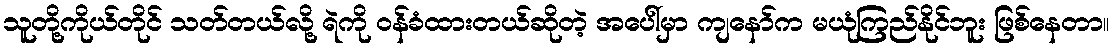
သူတို့ကိုယ်တိုင် သတ်တယ်လို့ ရဲကို ဝန်ခံထားတယ်ဆိုတဲ့ အပေါ်မှာ ကျနော်က မယုံကြည်နိုင်ဘူး ဖြစ်နေတာ။